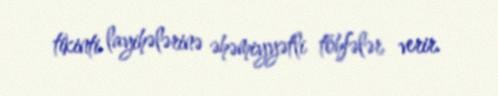
tikinti layihələrinə əhəmiyyətli töhfələr verir.